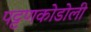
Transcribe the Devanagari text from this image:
पट्टणकोडोली